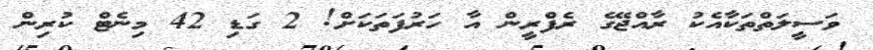
ވަސީލަތްތަކާއެކު ރާއްޖޭގެ ރެފްރީން އާ ހަރުފަތަކަށް! 2 ގަޑި 42 މިނެޓް ކުރިން